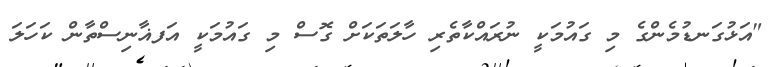
"އަޅުގަނޑުމެންގެ މި ގައުމަކީ ނުރައްކާތެރި ހާލަތަކަށް ގޮސް މި ގައުމަކީ އަފޣާނިސްތާން ކަހަލަ